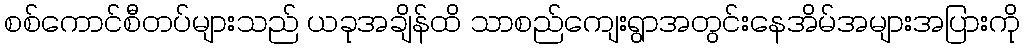
စစ်ကောင်စီတပ်များသည် ယခုအချိန်ထိ သာစည်ကျေးရွာအတွင်းနေအိမ်အများအပြားကို